Indian journal of veterinary science and animal husbandry - Volume 4,
Year: 1934
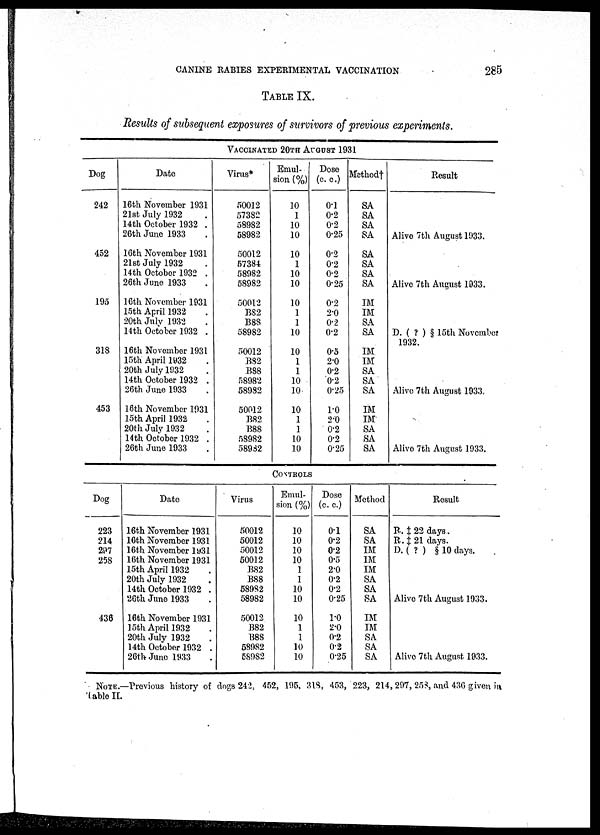
CANINE RABIES EXPERIMENTAL VACCINATION
285
TABLE IX.
Results of subsequent exposures of survivors of previous experiments.
VACCINATED 20TH AUGUST 1931
Dog
242
452
195
318
453
Date
16th November 1931
21st July 1932 .
14th October 1932 .
26th June 1933 .
16th November 1931
21st July 1932 .
14th October 1932 .
26th June 1933 .
16th November 1931
15th April 1932
20th July 1932
14th October 1932 .
16th November 1931
15th April 1932
20th July 1932
14th October 1932 .
26th June 1933
16th November 1931
15th April 1932
20th July 1932
14th October 1932 .
26th June 1933
Virus*
50012
57382
58982
58982
50012
57384
58982
58982
50012
B82
B88
58982
50012
B82
.B88
58982
58982
50012
B82
B88
58982
58932
Emul-
sion (%)
10
1
10
10
10
1
10
10
10
1
1
10
10
1
1
10
10
10
1
1
10
10
Dose
(c. c.)
0.1
0.2
0.2
0.25
0.2
0.2
0.2
0.25
0.2
2.0
0.2
0.2
0.5
2.0
0.2
0.2
0.25
1.0
2.0
0.2
0.2
0.25
Method†
SA
SA
SA
SA
SA
SA
SA
SA
IM
IM
SA
SA
IM
IM
SA
SA
SA
IM
IM
SA
SA
SA
Result
Alive 7th August 1933.
Alive 7th August 1933.
D. ( ? ) § 15th November
1932.
Alive 7th August 1933,
Alive 7th August 1933.
CONTROLS
Dog
223
214
297
258
436
Date
16th November 1931
16th November 1931
16th November 1931
16th November 1931
15th April 1932
20th July 1932
14th October 1932 .
26th June 1933
16th November 1931
15th April 1932
20th July 1932
14th October 1932 .
26th June 1933
Virus
50012
50012
50012
50012
B82
B88
58982
58982
50012
B82
B88
58982
58982
Emul-
sion (%)
10
10
10
10
1
1
10
10
10
1
1
10
10
Dose
(c. c.)
0.1
0.2
0.2
0.5
2.0
0.2
0.2
0.25
1.0
2.0
0.2
0.2
0.25
Method
SA
SA
IM
IM
IM
SA
SA
SA
IM
IM
SA
SA
SA
Result
R. ‡ 22 days.
R. ‡ 21 days.
D. ( ? ) § 10 days.
Alive 7th August 1933.
Alive 7th August 1933.
NOTE.—Previous history of dogs 242, 452, .195, 318, 453, 223, 214, 297, 258, and 436 given in
table II.